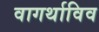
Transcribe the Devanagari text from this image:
वागर्थाविव